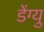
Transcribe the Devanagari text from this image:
डेंग्यु